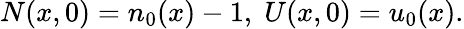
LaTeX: N(x,0)=n_{0}(x)-1,\; U(x,0)=u_{0}(x).